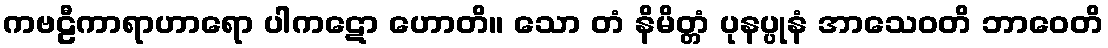
ကဗဠီကာရာဟာရော ပါကဋော ဟောတိ။ သော တံ နိမိတ္တံ ပုနပ္ပုနံ အာသေဝတိ ဘာဝေတိ